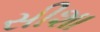
સીશા